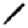
Digit: 1